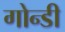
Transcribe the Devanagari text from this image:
गोन्डी